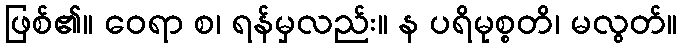
ဖြစ်၏။ ဝေရာ စ၊ ရန်မှလည်း။ န ပရိမုစ္စတိ၊ မလွတ်။